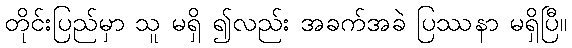
တိုင်းပြည်မှာ သူ မရှိ ၍လည်း အခက်အခဲ ပြဿနာ မရှိပြီ။